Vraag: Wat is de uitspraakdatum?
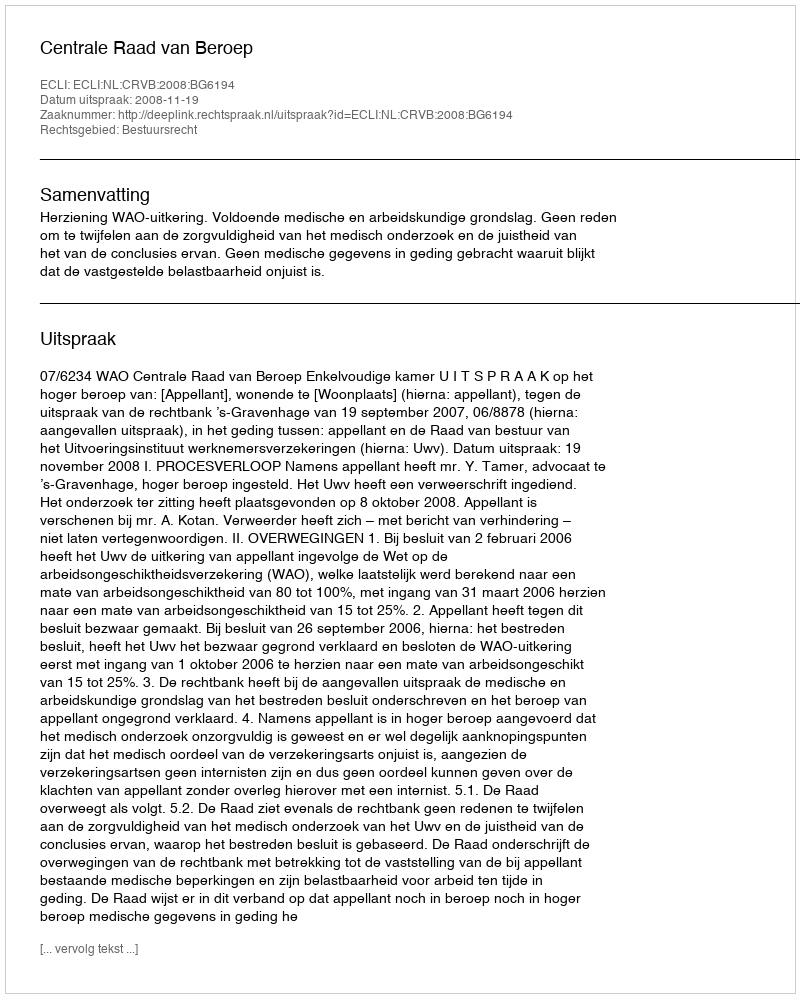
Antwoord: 2008-11-19